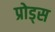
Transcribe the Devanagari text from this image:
प्रोड्स